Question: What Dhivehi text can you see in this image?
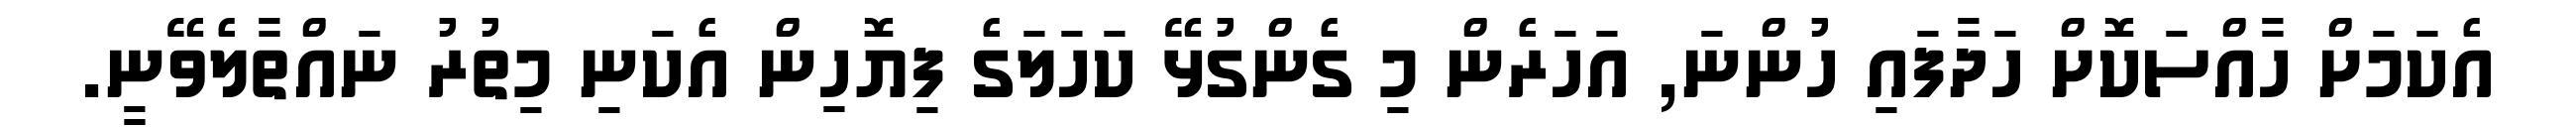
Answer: އެކަމަށް ހާއްސަކޮށް ހަދާފައި ހުންނަ, އަހަރެން މި ގެންގުޅޭ ކަހަލަގެ ފިޔޮހިން އެކަނި މިތުރު ނައްތާލެވޭނީ.